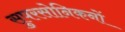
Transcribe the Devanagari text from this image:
सुपरसोनिकनों